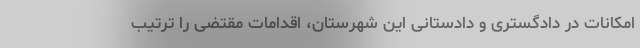
امکانات در دادگستری و دادستانی این شهرستان، اقدامات مقتضی را ترتیب